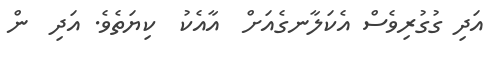
އަދި ގުގުރިވެސް އެކަލާނގެއަށް  އާއެކު  ކިޔަތެވެ. އަދި  ން